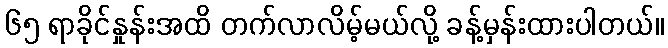
၆၅ ရာခိုင်နှုန်းအထိ တက်လာလိမ့်မယ်လို့ ခန့်မှန်းထားပါတယ်။